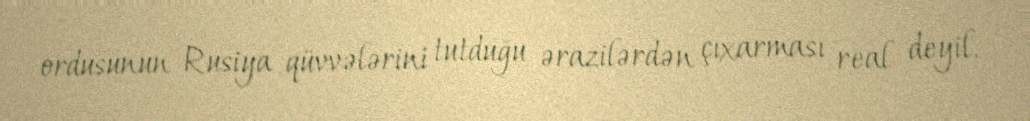
ordusunun Rusiya qüvvələrini tutduğu ərazilərdən çıxarması real deyil.